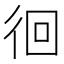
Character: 徊